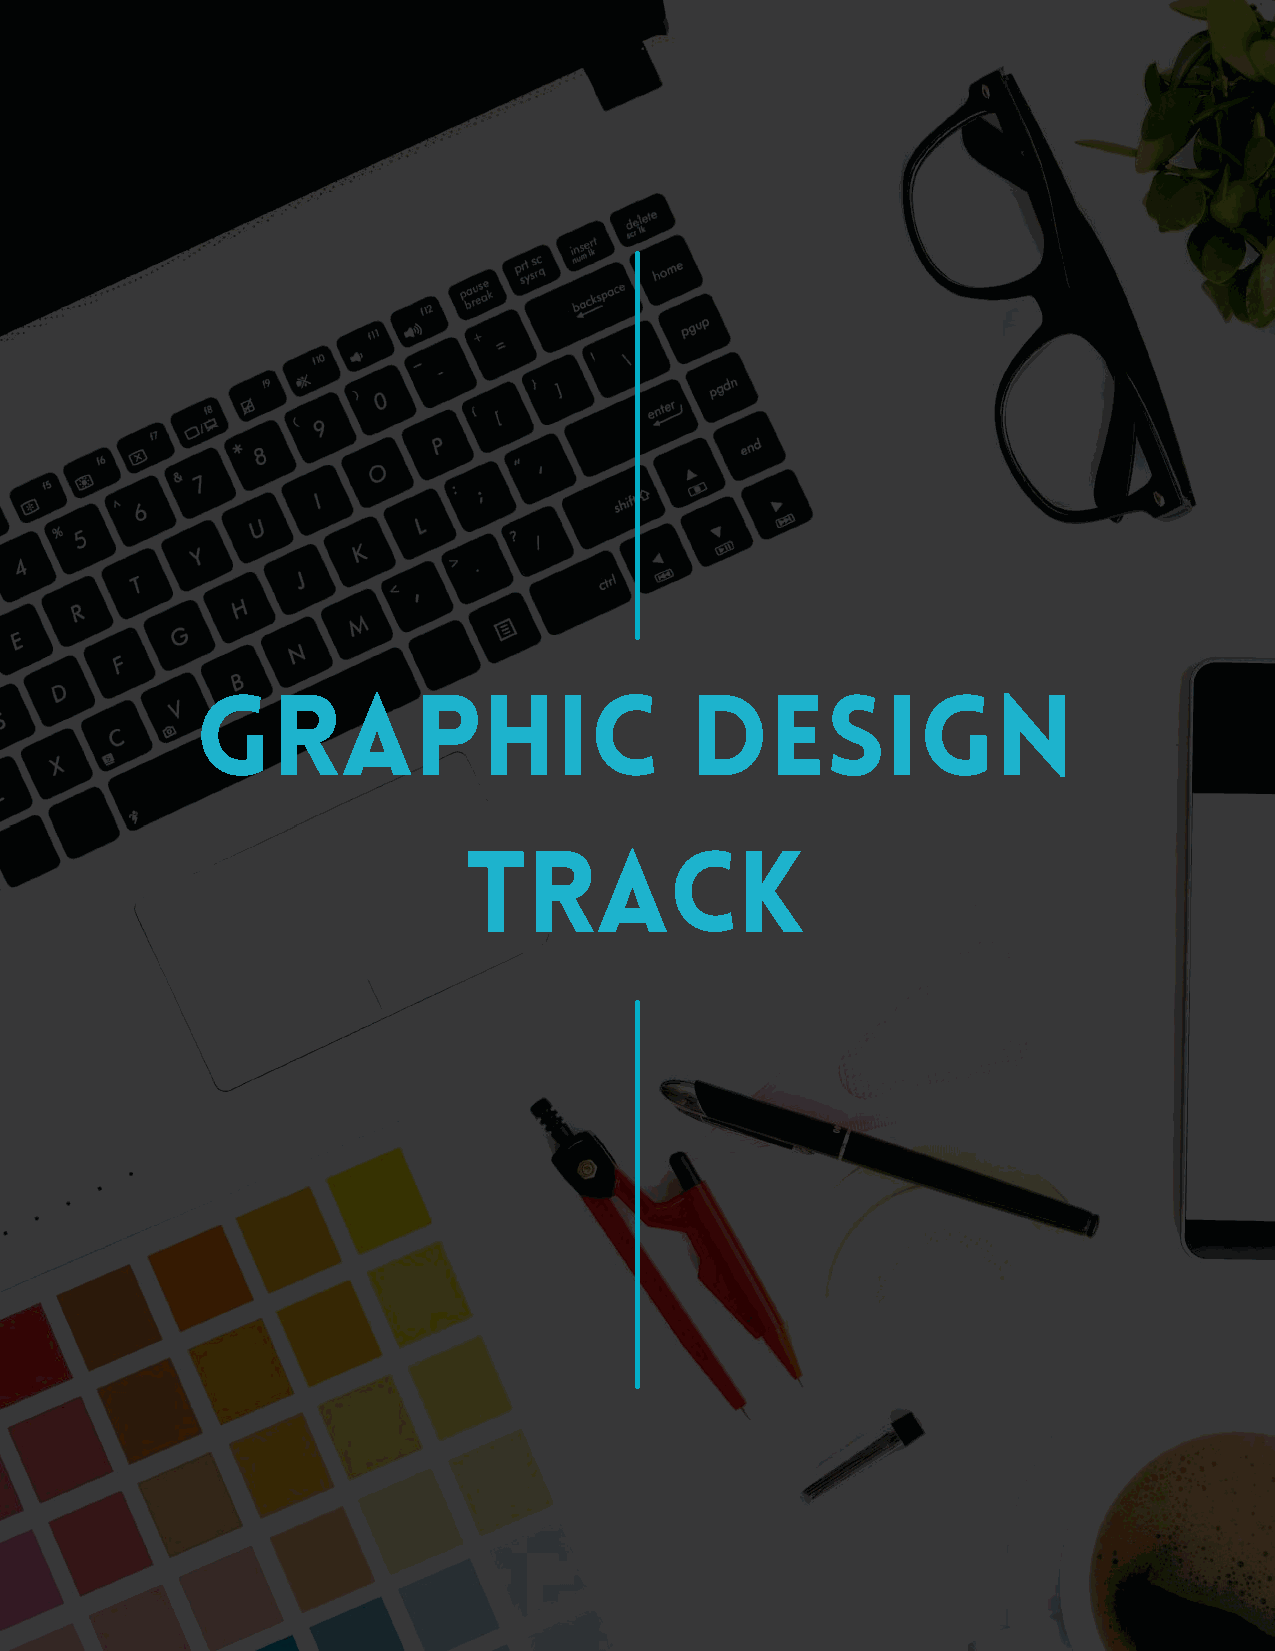
GRAPHIC                          DESIGN
 TRACK